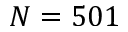
N = 5 0 1